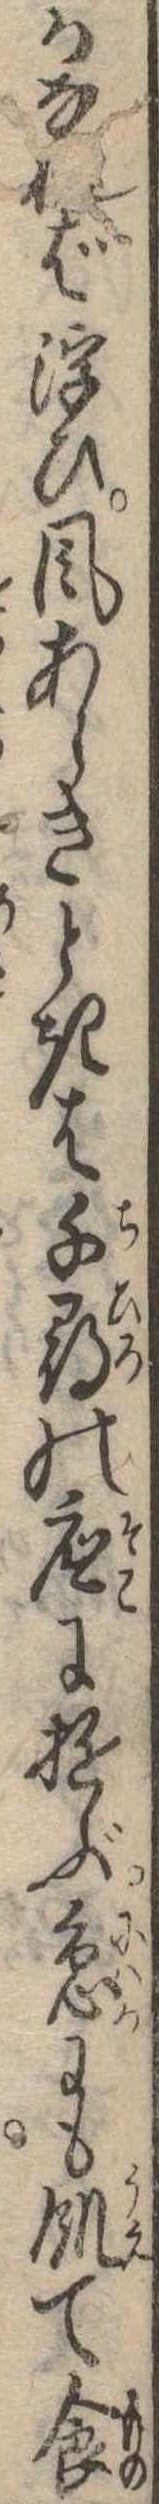
かなれば浮ひ風あらきときは千尋の底に遊ぶ急にも飢て食